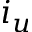
i _ { u }